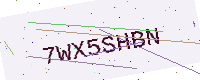
Text: 7WX5SHBN